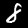
Label: 8